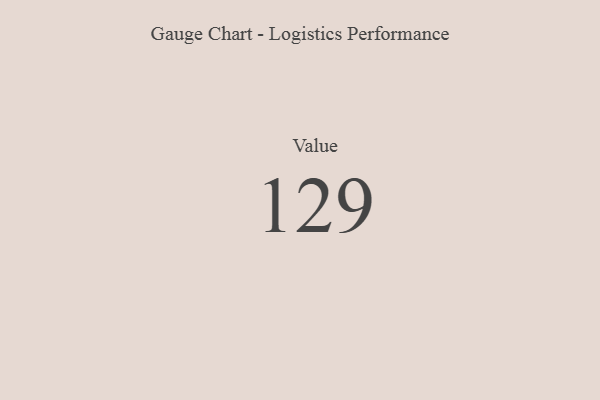
{"axis": {"x": "Metric", "y": "Value"}, "legend": [""], "data": [{"x": "Value", "y": 129, "type": ""}]}